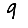
Digit: 9